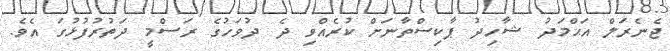
ޖެނެރަލް އަޙްމަދު ޝާހިދު ޕާކިސްތާނަށް ކުރެއްވި ދެ ދުވަހުގެ ރަސްމީ ދަތުރުފުޅުގަ އެވެ.